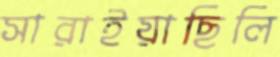
সারাইয়াছিলি